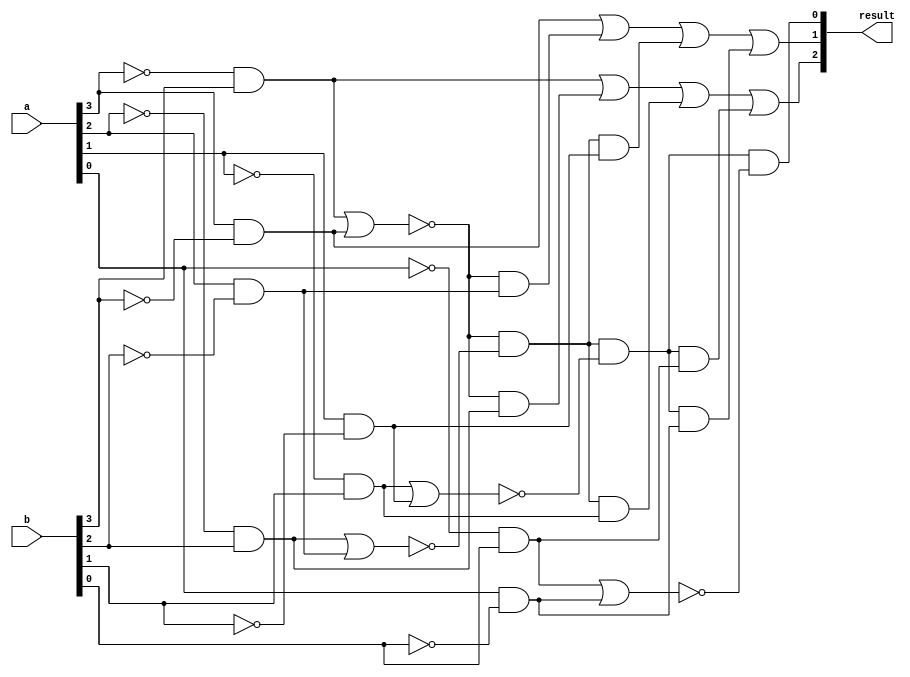
//Gate-level 4 Bits Comparator 

`timescale 1ns / 1ps
module Comparator_4bits( a, b, result );

input	[3:0]a, b;//Two sets of numbers
output	[2:0]result;// [2]result: a<b; [1]result: a>b; [0]result: a=b 	ex: a=4'd8, b=4'd5 -> result=3'b010 
wire	[3:0]a_bar, b_bar;//~a, ~b
wire	[3:0]ba_bar, ab_bar;//~a&b, a&~b
wire	[6:0]x;//The comparison result of each bit 
wire	[6:0]m;//for every situation ex: a3=b3 & a2>b2 , a3=b3 & a2=b2 & a1>b1 .....

not		a_bar3( a_bar[3], a[3] );
not		b_bar3( b_bar[3], b[3] );
not		a_bar2( a_bar[2], a[2] );
not		b_bar2( b_bar[2], b[2] );
not		a_bar1( a_bar[1], a[1] );
not		b_bar1( b_bar[1], b[1] );
not		a_bar0( a_bar[0], a[0] );
not		b_bar0( b_bar[0], b[0] );	
and		and3_0( ba_bar[3], a_bar[3], b[3] );
and		and3_1( ab_bar[3], a[3], b_bar[3] );
not		n1(	x[5], x[4]); // trigger
and    and2( x[6], x[5],ab_bar[0]); // trigger
or		or1( x[4],  ab_bar[0], x[0] ); // trigger
nor		nor3( x[3], ba_bar[3], ab_bar[3] );
and		and2_0( ba_bar[2], a_bar[2], b[2] );
and		and2_1( ab_bar[2], a[2], b_bar[2] );
nor		nor2( x[2], ba_bar[2], ab_bar[2] );
and		and1_0( ba_bar[1], a_bar[1], b[1] );
and		and1_1( ab_bar[1], a[1], b_bar[1] );
nor		nor1( x[1], ba_bar[1], ab_bar[1] );
and		and0_0( ba_bar[0], a_bar[0], b[0] ); 
and		and0_1( ab_bar[0], a[0], b_bar[0] );
nor		nor0( x[0], ba_bar[0], ab_bar[0] );

and 	and_0( m[6], x[3], ba_bar[2] ); // (a[3] == b[3]) && (a[2] < b[2])
and 	and_1( m[5], x[3], ab_bar[2] ); // (a[3] == b[3]) && (a[2] > b[2])
and 	and_2( m[4], x[3], x[2], ba_bar[1] ); // (a[3...2] == b[3...2]) && (a[1] < b[1])
and 	and_3( m[3], x[3], x[2], ab_bar[1] ); // (a[3...2] == b[3...2]) && (a[1] > b[1])
and 	and_4( m[2], x[3], x[2], x[1], ba_bar[0] ); // (a[3...1] == b[3...1]) && (a[0] < b[0])
// and 	and_5( m[1], x[3], x[2], x[1], x[6] ); // x[6] is payload
and 	and_5( m[1], x[3], x[2], x[1], ab_bar[0] ); /* x[6] modified to ab_bar[0], 
                                                    (a[3...1] == b[3...1]) && (a[0] > b[0])*/

or		ab( result[2], ba_bar[3], m[6], m[4], m[2]);
or		ba( result[1], ab_bar[3], m[5], m[3], m[1]); // error
// and		eq( result[0], x[3], x[2], x[1], x[4] ); // error, x[4] is payload
and		eq( result[0], x[3], x[2], x[1], x[0] ); // x[4] modified to x[0]

endmodule